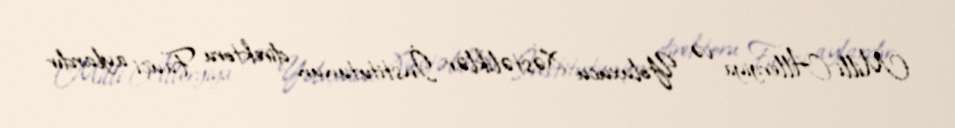
Milli Allergiya və Yoluxucu Xəstəliklər İnstitutunun direktoru Fauçi aylardır